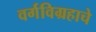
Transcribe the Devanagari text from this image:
वर्गविग्रहाचे